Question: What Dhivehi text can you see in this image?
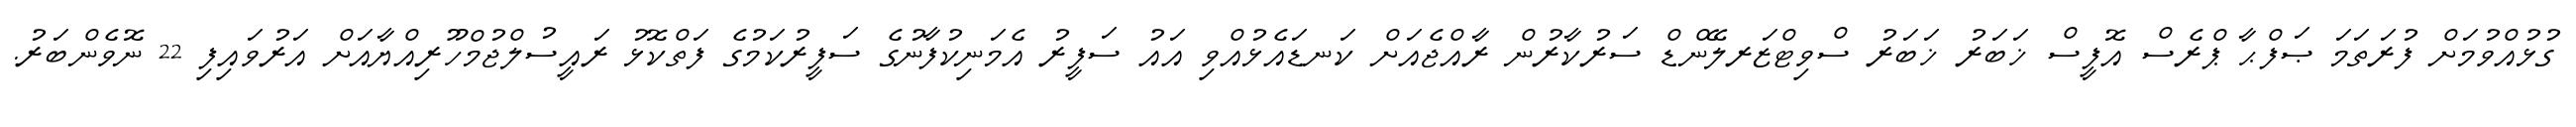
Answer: ގުޅުއްވުމަށް ފުރަތަމަ ޞަފްޙާ ޕްރެސް އޮފީސް ޚަބަރު ޚަބަރު ސްވިޓްޒަރލޭންޑް ސަރުކާރުން ރާއްޖެއަށް ކަނޑައެޅުއްވި އައު ސަފީރު އެމަނިކުފާނުގެ ސަފީރުކަމުގެ ފަތްކޮޅު ރައީސުލްޖުމްހޫރިއްޔާއަށް އަރުވައިފި 22 ނޮވެންބަރު.